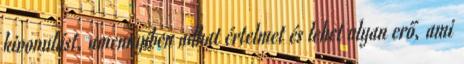
kivonulást, amennyiben adhat értelmet és lehet olyan erő, ami